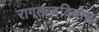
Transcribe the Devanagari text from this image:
रागतत्वविबोध